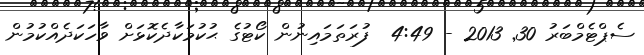
ސެޕްޓެމްބަރު 30